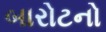
બારોટનો